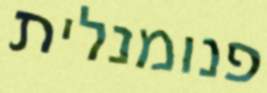
פנומנלית